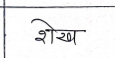
मजकूर: शेख